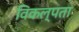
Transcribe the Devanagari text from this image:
विकल्पता